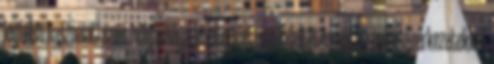
legfelsõ használati szint magassága, alapterület és rendeltetésével, az épületszerkezetekkel,